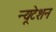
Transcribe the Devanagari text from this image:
न्यूटेशन